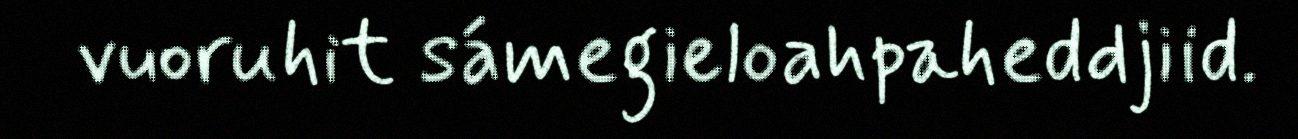
vuoruhit sámegieloahpaheddjiid.